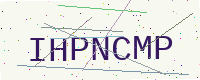
Text: IHPNCMP